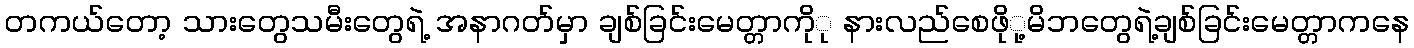
တကယ်တော့ သားတွေသမီးတွေရဲ့ အနာဂတ်မှာ ချစ်ခြင်းမေတ္တာကိုု နားလည်စေဖိုု့မိဘတွေရဲ့ချစ်ခြင်းမေတ္တာကနေ